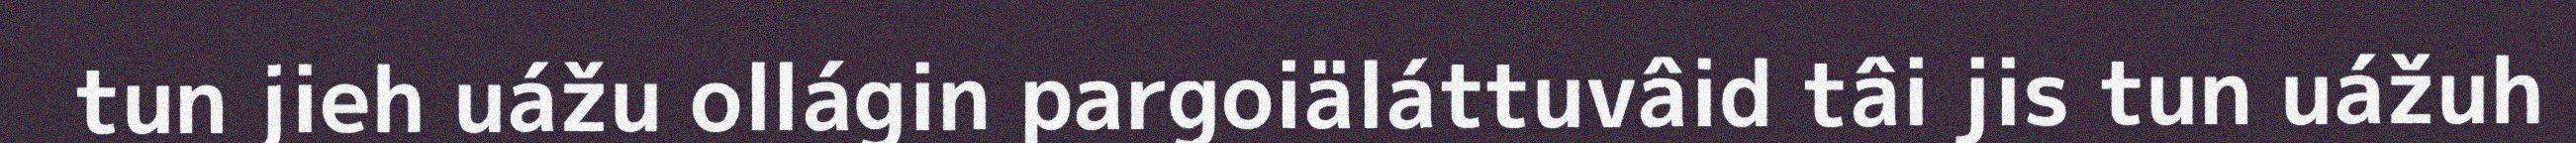
tun jieh uážu ollágin pargoiäláttuvâid tâi jis tun uážuh